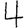
Digit: 4